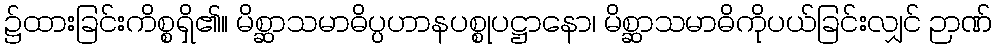
၌ထားခြင်းကိစ္စရှိ၏။ မိစ္ဆာသမာဓိပ္ပဟာနပစ္စုပဋ္ဌာနော၊ မိစ္ဆာသမာဓိကိုပယ်ခြင်းလျှင် ဉာဏ်